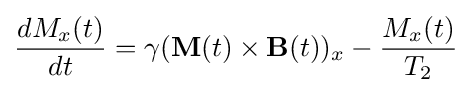
{\frac {dM_{x}(t)}{dt}}=\gamma (\mathbf {M} (t)\times \mathbf {B} (t))_{x}-{\frac {M_{x}(t)}{T_{2}}}